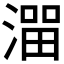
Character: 𰜵